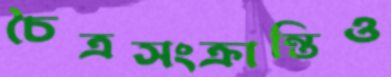
চৈত্রসংক্রান্তিও